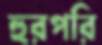
হুরপরি